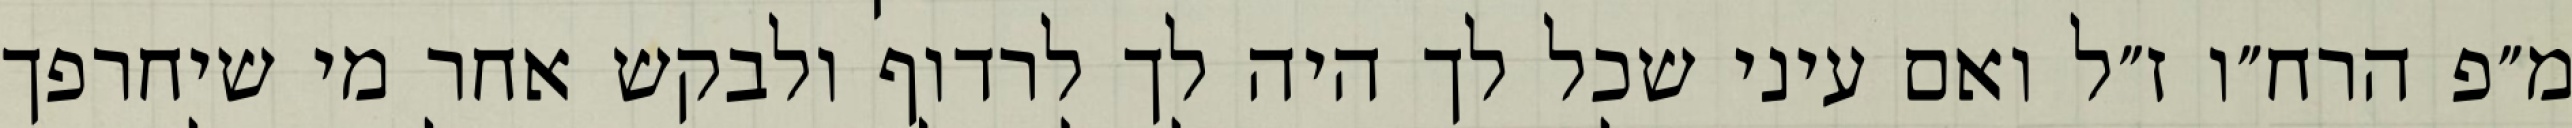
מ״פ הרח״ו ז״ל ואם עיני שכל לך היה לך לרדוף ולבקש אחר מי שיחרפך